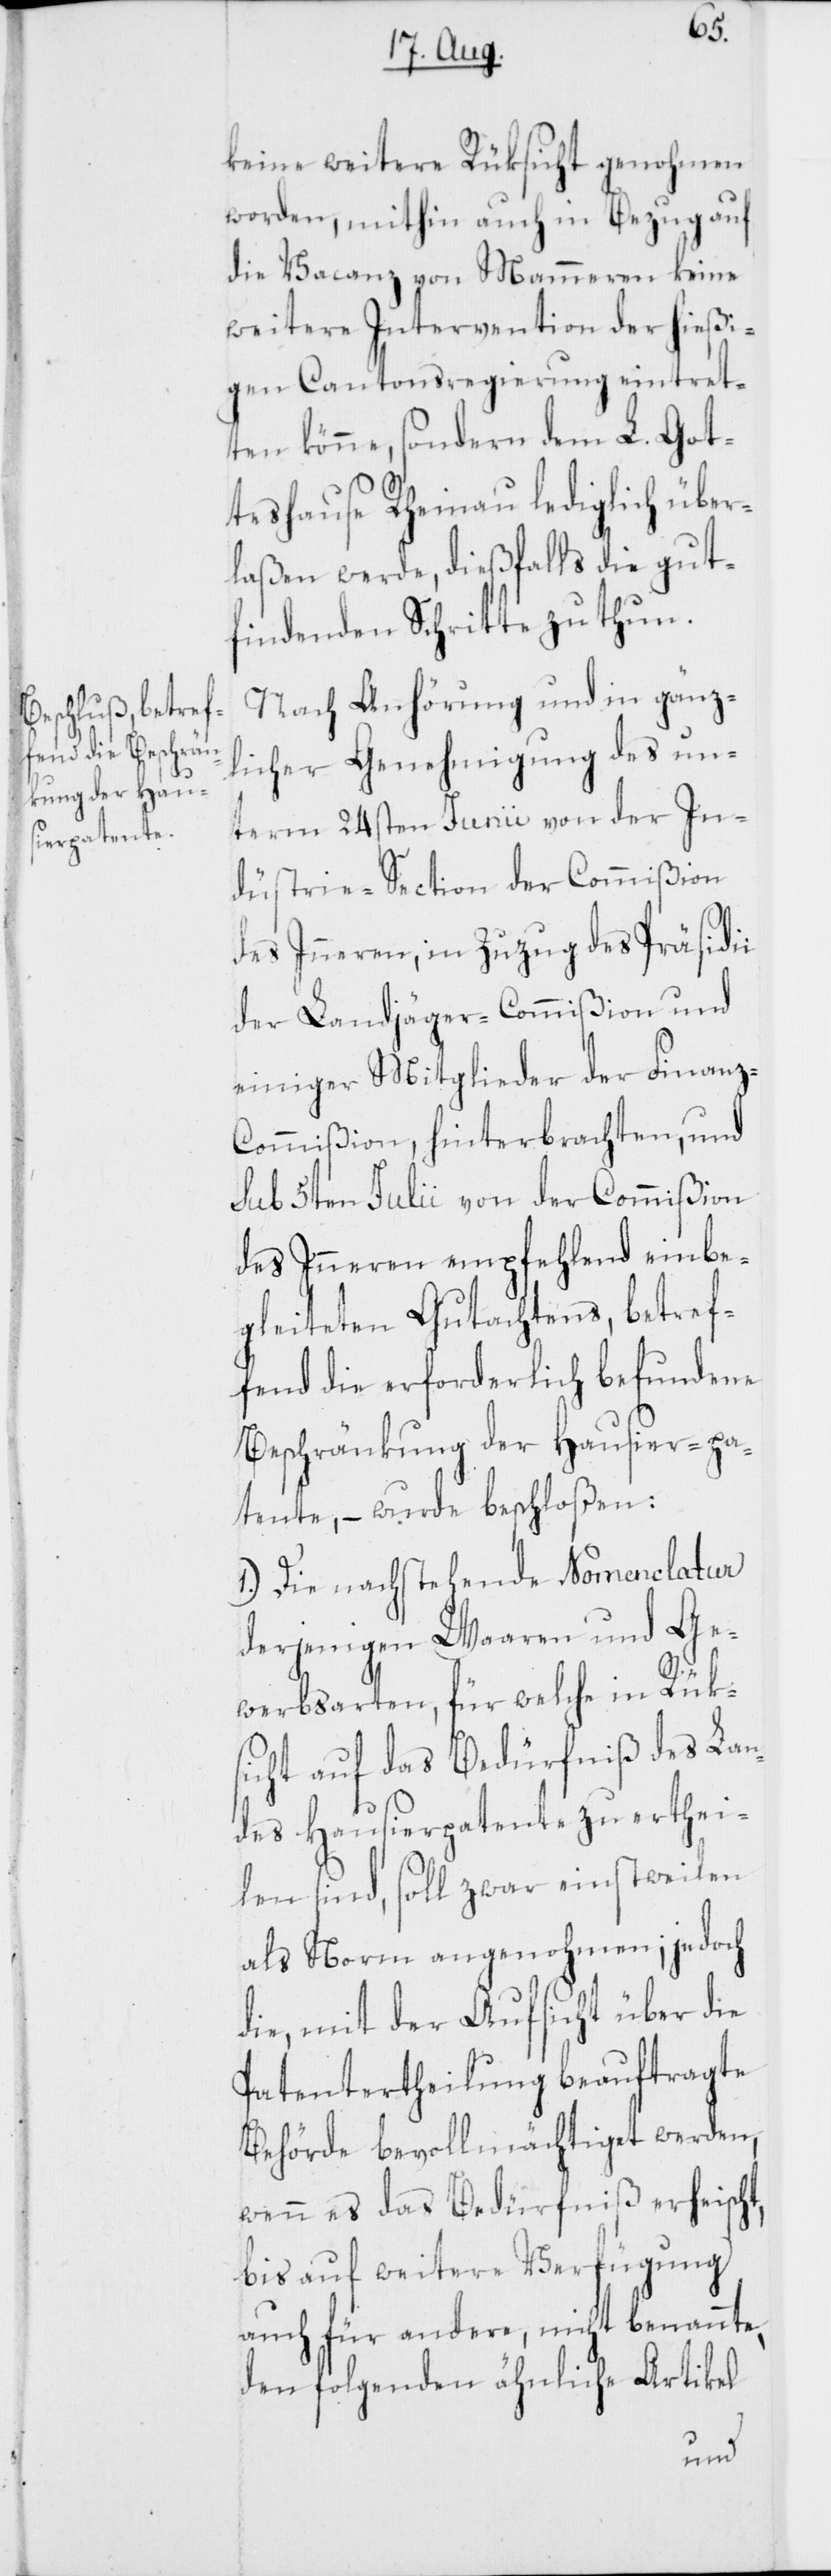
keine weitere Rüksicht genohmen
worden, mithin auch in Bezug auf
die Vacanz von Mammeren keine
weitere Intervention der hießi¬
gen Cantonsregierung eintret¬
ten könne, sondern dem L. Got¬
teshause Rheinau lediglich über¬
laßen werde, dießfalls die gut¬
findenden Schritte zu thun.
Nach Anhörung und in gänz¬
licher Genehmigung des un¬
term 24sten Junii von der In¬
düstrie-Section der Commißion
des Inneren; in Zuzug des Präsidii
der Landjäger-Commißion und
einiger Mitglieder der Finan¬
z-Commißion, hinterbrachten, und
sub 5ten Julii von der Commißion
des Inneren empfehlend einbe¬
gleiteten Gutachtens, betref¬
fend die erforderlich befundene
Beschränkung der Hausier-pa¬
tente, – wurde beschloßen:
1.) Die nachstehende Nomenclatur
derjenigen Waaren und Ge¬
werbsarten, für welche in Rük¬
sicht auf das Bedürfniß des Lan¬
des Hausierpatente zu erthei¬
len sind, soll zwar einstweilen
als Norm angenohmen; jedoch
die, mit der Aufsicht über die
Patentertheilung beauftragte
Behörde bevollmächtiget werden,
wenn es das Bedürfniß erheischt,
bis auf weitere Verfügung
auch für andere, nicht benannte,
den folgenden ähnlichen Artikel